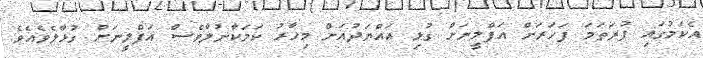
އެކަމުގައި ފުރަތަމަ ފަހަރަށް އަފްލީނަށް ގުޅި އައްޔަދުއަށް މިހާރު ކަމަކާނުލާވެސް އަފްލީނަށް ގުޅާލެވެއެވެ.